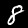
Label: 8